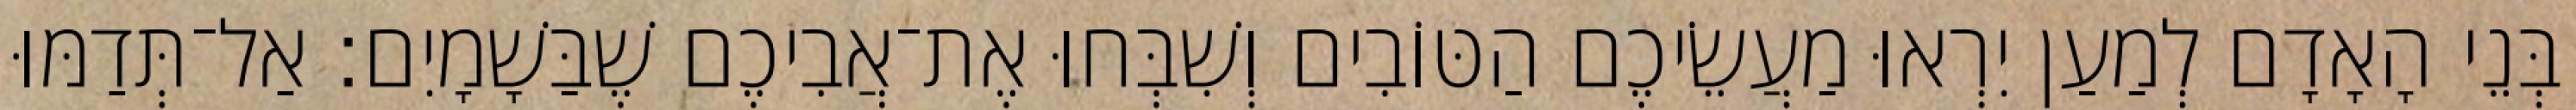
בְּנֵי הָאָדָם לְמַעַן יִרְאוּ מַעֲשֵׂיכֶם הַטּוֹבִים וְשִׁבְּחוּ אֶת־אֲבִיכֶם שֶׁבַּשָׁמָיִם׃ אַל־תְּדַמּוּ